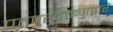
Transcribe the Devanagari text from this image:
पतपुरवठ्याद्वारे